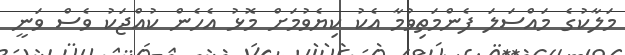
މަލާކުގެ މައްސަލަ ފެންމަތިވުމާ އެކު ކިޔެވުމަށް މޮޅު އެހެން ކުއްޖަކު ވެސް ވަނީ